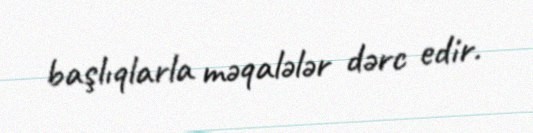
başlıqlarla məqalələr dərc edir.